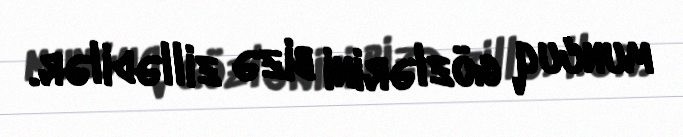
muncuq gözlərini bizə zillədilər.